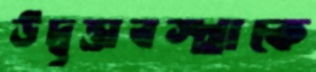
উদ্বৃত্তাবস্থাকে